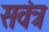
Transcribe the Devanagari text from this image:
सवंत्र